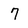
Character: 7